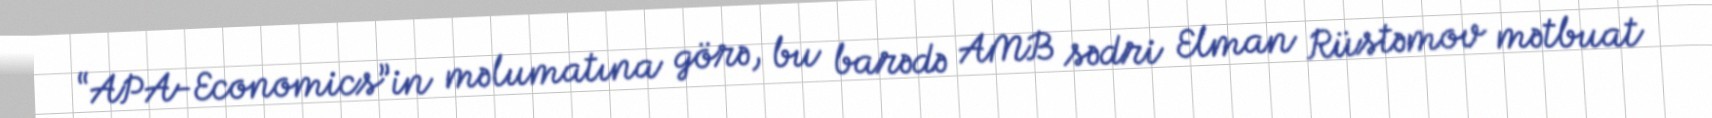
“APA-Economics”in məlumatına görə, bu barədə AMB sədri Elman Rüstəmov mətbuat